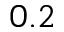
0 . 2